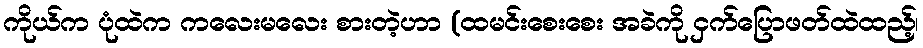
ကိုယ်က ပုံထဲက ကလေးမလေး စားတဲ့ဟာ (ထမင်းစေးစေး အခဲကို ငှက်ပြောဖတ်ထဲထည့်၊